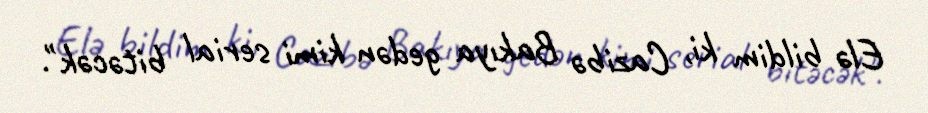
Elə bildim ki, Cazibə Bakıya gedən kimi serial bitəcək".